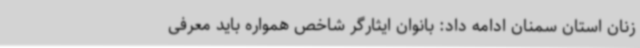
زنان استان سمنان ادامه داد: بانوان ایثارگر شاخص همواره باید معرفی